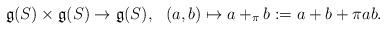
LaTeX: \begin{align*}\mathfrak g(S)\times \mathfrak g(S)\rightarrow \mathfrak g(S),\ \ (a,b)\mapsto a +_{{\pi}}b:=a+b+\pi ab.\end{align*}